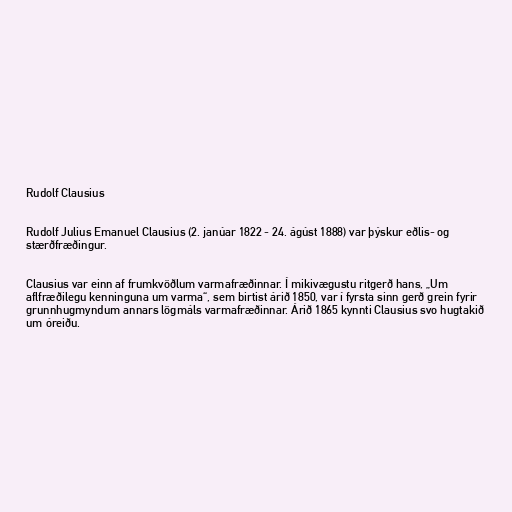
Rudolf Clausius

Rudolf Julius Emanuel Clausius (2. janúar 1822 - 24. ágúst 1888) var þýskur eðlis- og
stærðfræðingur.

Clausius var einn af frumkvöðlum varmafræðinnar. Í mikivægustu ritgerð hans, „Um
aflfræðilegu kenninguna um varma“, sem birtist árið 1850, var í fyrsta sinn gerð grein fyrir
grunnhugmyndum annars lögmáls varmafræðinnar. Árið 1865 kynnti Clausius svo hugtakið
um óreiðu.